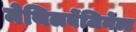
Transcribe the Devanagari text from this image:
मेथिलबेंजिनेल्ट